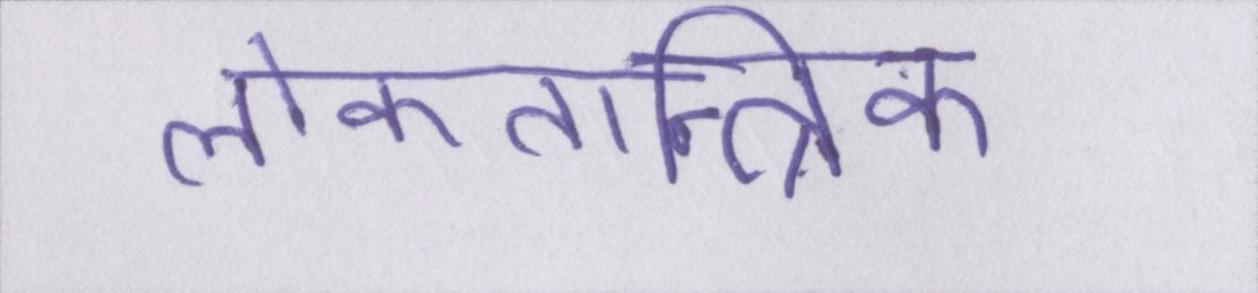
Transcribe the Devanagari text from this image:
लोकतान्त्रिक